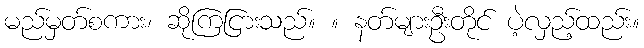
မည်မှတ်စကား၊ ဆိုကြငြားသည်။ ။ နတ်များဦးတိုင် ပဲ့လှည့်ထည်း။